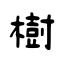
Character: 樹